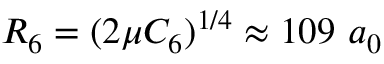
R _ { 6 } = ( 2 \mu C _ { 6 } ) ^ { 1 / 4 } \approx 1 0 9 ~ a _ { 0 }